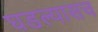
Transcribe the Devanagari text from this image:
घडल्यासच